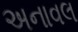
અનાવલ